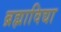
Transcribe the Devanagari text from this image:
ब्रह्माविद्या